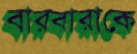
বারবারাকে